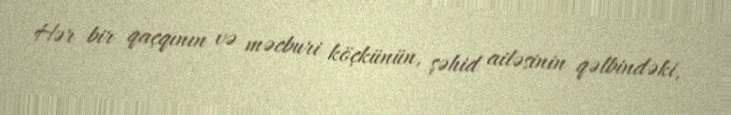
Hər bir qaçqının və məcburi köçkünün, şəhid ailəsinin qəlbindəki,